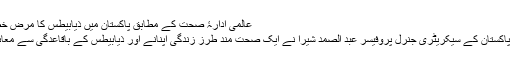
عالمی ادارۂ صحت کے مطابق پاکستان میں ذیابیطس کا مرض خطرناک حد تک بڑھنے لگا
ذیابیطس ایسوسی ایشن آف پاکستان کے سیکریٹری جنرل پروفیسر عبد الصمد شیرا نے ایک صحت مند طرز زندگی اپنانے اور ذیابیطس کے باقاعدگی سے معائنے کی اہمیت پر زور دیا۔